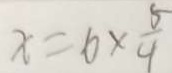
x = 6 \times \frac { 5 } { 4 }